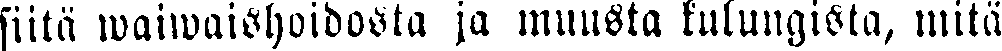
siitä waiwaishoidosta ja muusta kulungista, mitä